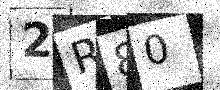
Text: 2R80